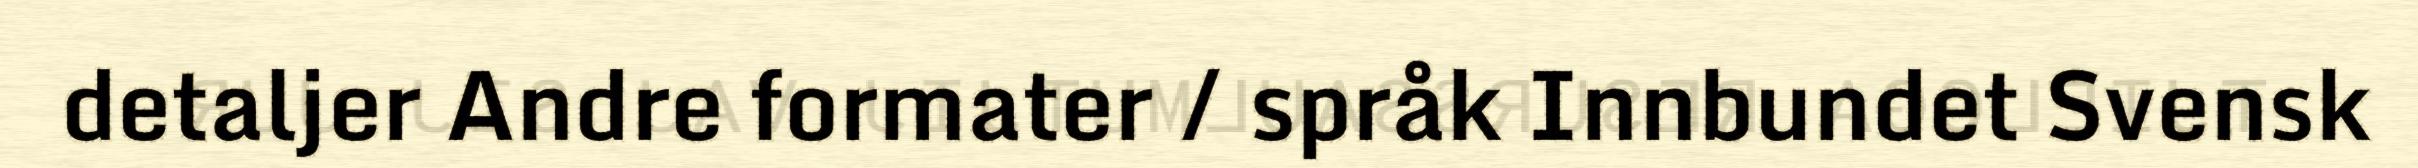
detaljer Andre formater / språk Innbundet Svensk